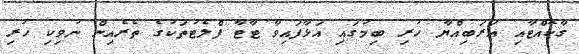
ގާކޮއްޓާއި އަރަބިއްޔާ ހުރި ބިމުގައި އަޅާފައިވާ ޓާޓާ ފްލެޓުތަކުގެ ތެރެއިން ނުވިކި ހުރި